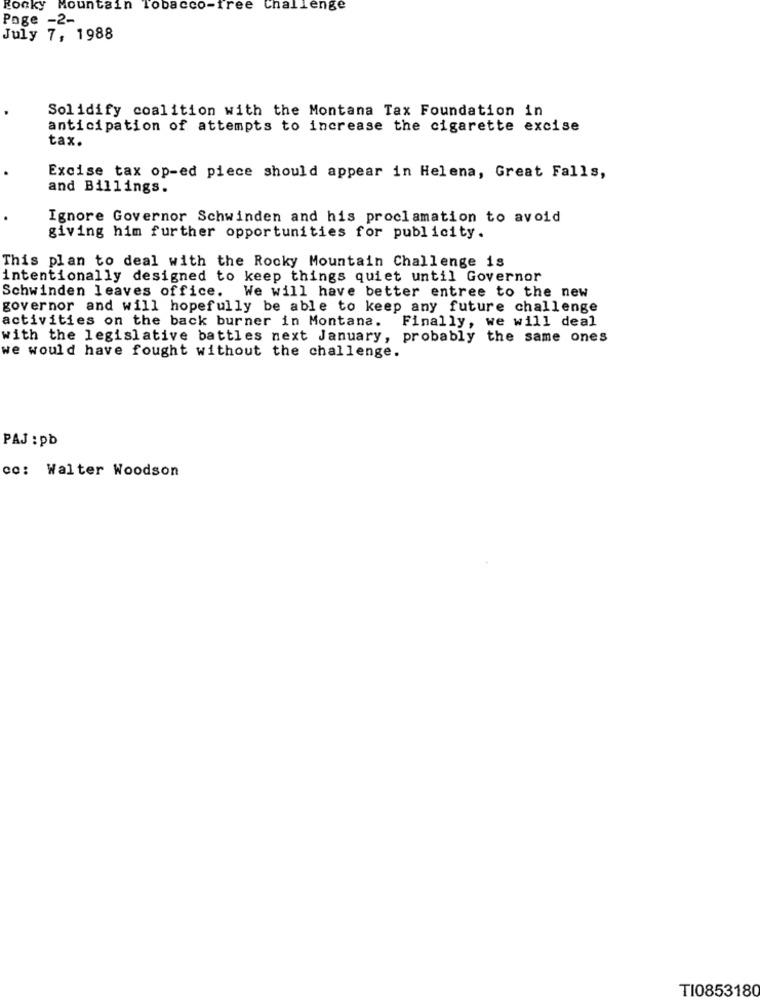
Rocky Mountain Tobacco-free Challenge
Page -2-
July 7, 1988
Solidify coalition with the Montana Tax Foundation in
anticipation of attempts to increase the cigarette excise
tax.
Excise tax op-ed piece should appear in Helena, Great Falls,
and Billings.
Ignore Governor Schwinden and his proclamation to avoid
giving him further opportunities for publicity.
This plan to deal with the Rocky Mountain Challenge is
intentionally designed to keep things quiet until Governor
Schwinden leaves office. We will have better entree to the new
governor and will hopefully be able to keep any future challenge
activities on the back burner in Montana.
Finally, we will deal
with the legislative battles next January, probably the same ones
we would have fought without the challenge.
PAJ : pb
co: Walter Woodson
TI0853180